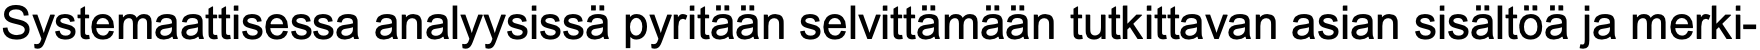
Systemaattisessa analyysissä pyritään selvittämään tutkittavan asian sisältöä ja merki-